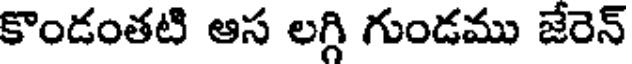
కొండంతటి ఆస లగ్గి గుండము జేరెన్